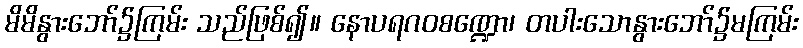
မိမိနွားဘော်၌ကြမ်း သည်ဖြစ်၍။ နောပရဂဝစဏ္ဍော၊ တပါးသောနွားဘော်၌မကြမ်း